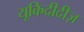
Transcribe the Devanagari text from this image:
यूकिदीदीज़